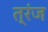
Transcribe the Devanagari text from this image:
त्रंज